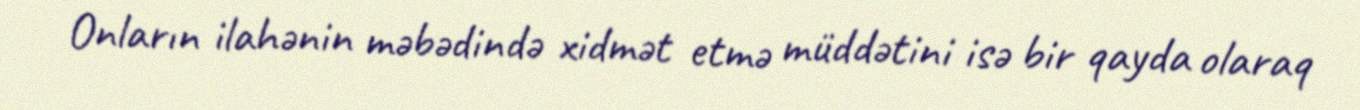
Onların ilahənin məbədində xidmət etmə müddətini isə bir qayda olaraq